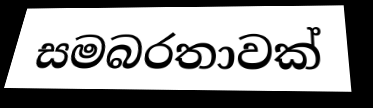
සමබරතාවක්